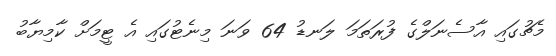
މެޗުގައި އާސެނަލްގެ ފުރަތަމަ ލަނޑު 64 ވަނަ މިނެޓުގައި އެ ޓީމަށް ކާމިޔާބު